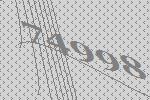
74998